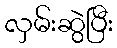
လှမ်းဆွဲပြီး